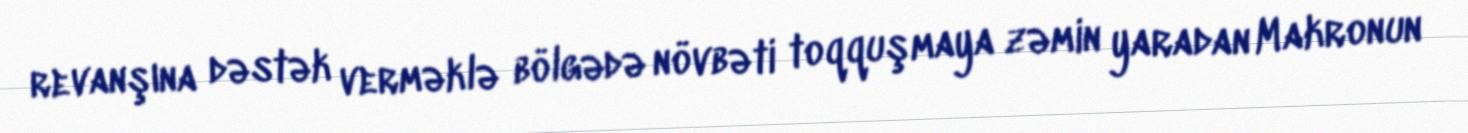
revanşına dəstək verməklə bölgədə növbəti toqquşmaya zəmin yaradan Makronun